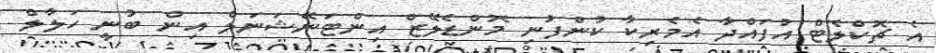
އެ ޗޮކްލެޓް އުފައްދާ އެމެރިކާ ކުންފުނި މޮންޑެލޭޒް އިންޓަނޭޝަނަލް އިން ބުނީ ހަލާލް